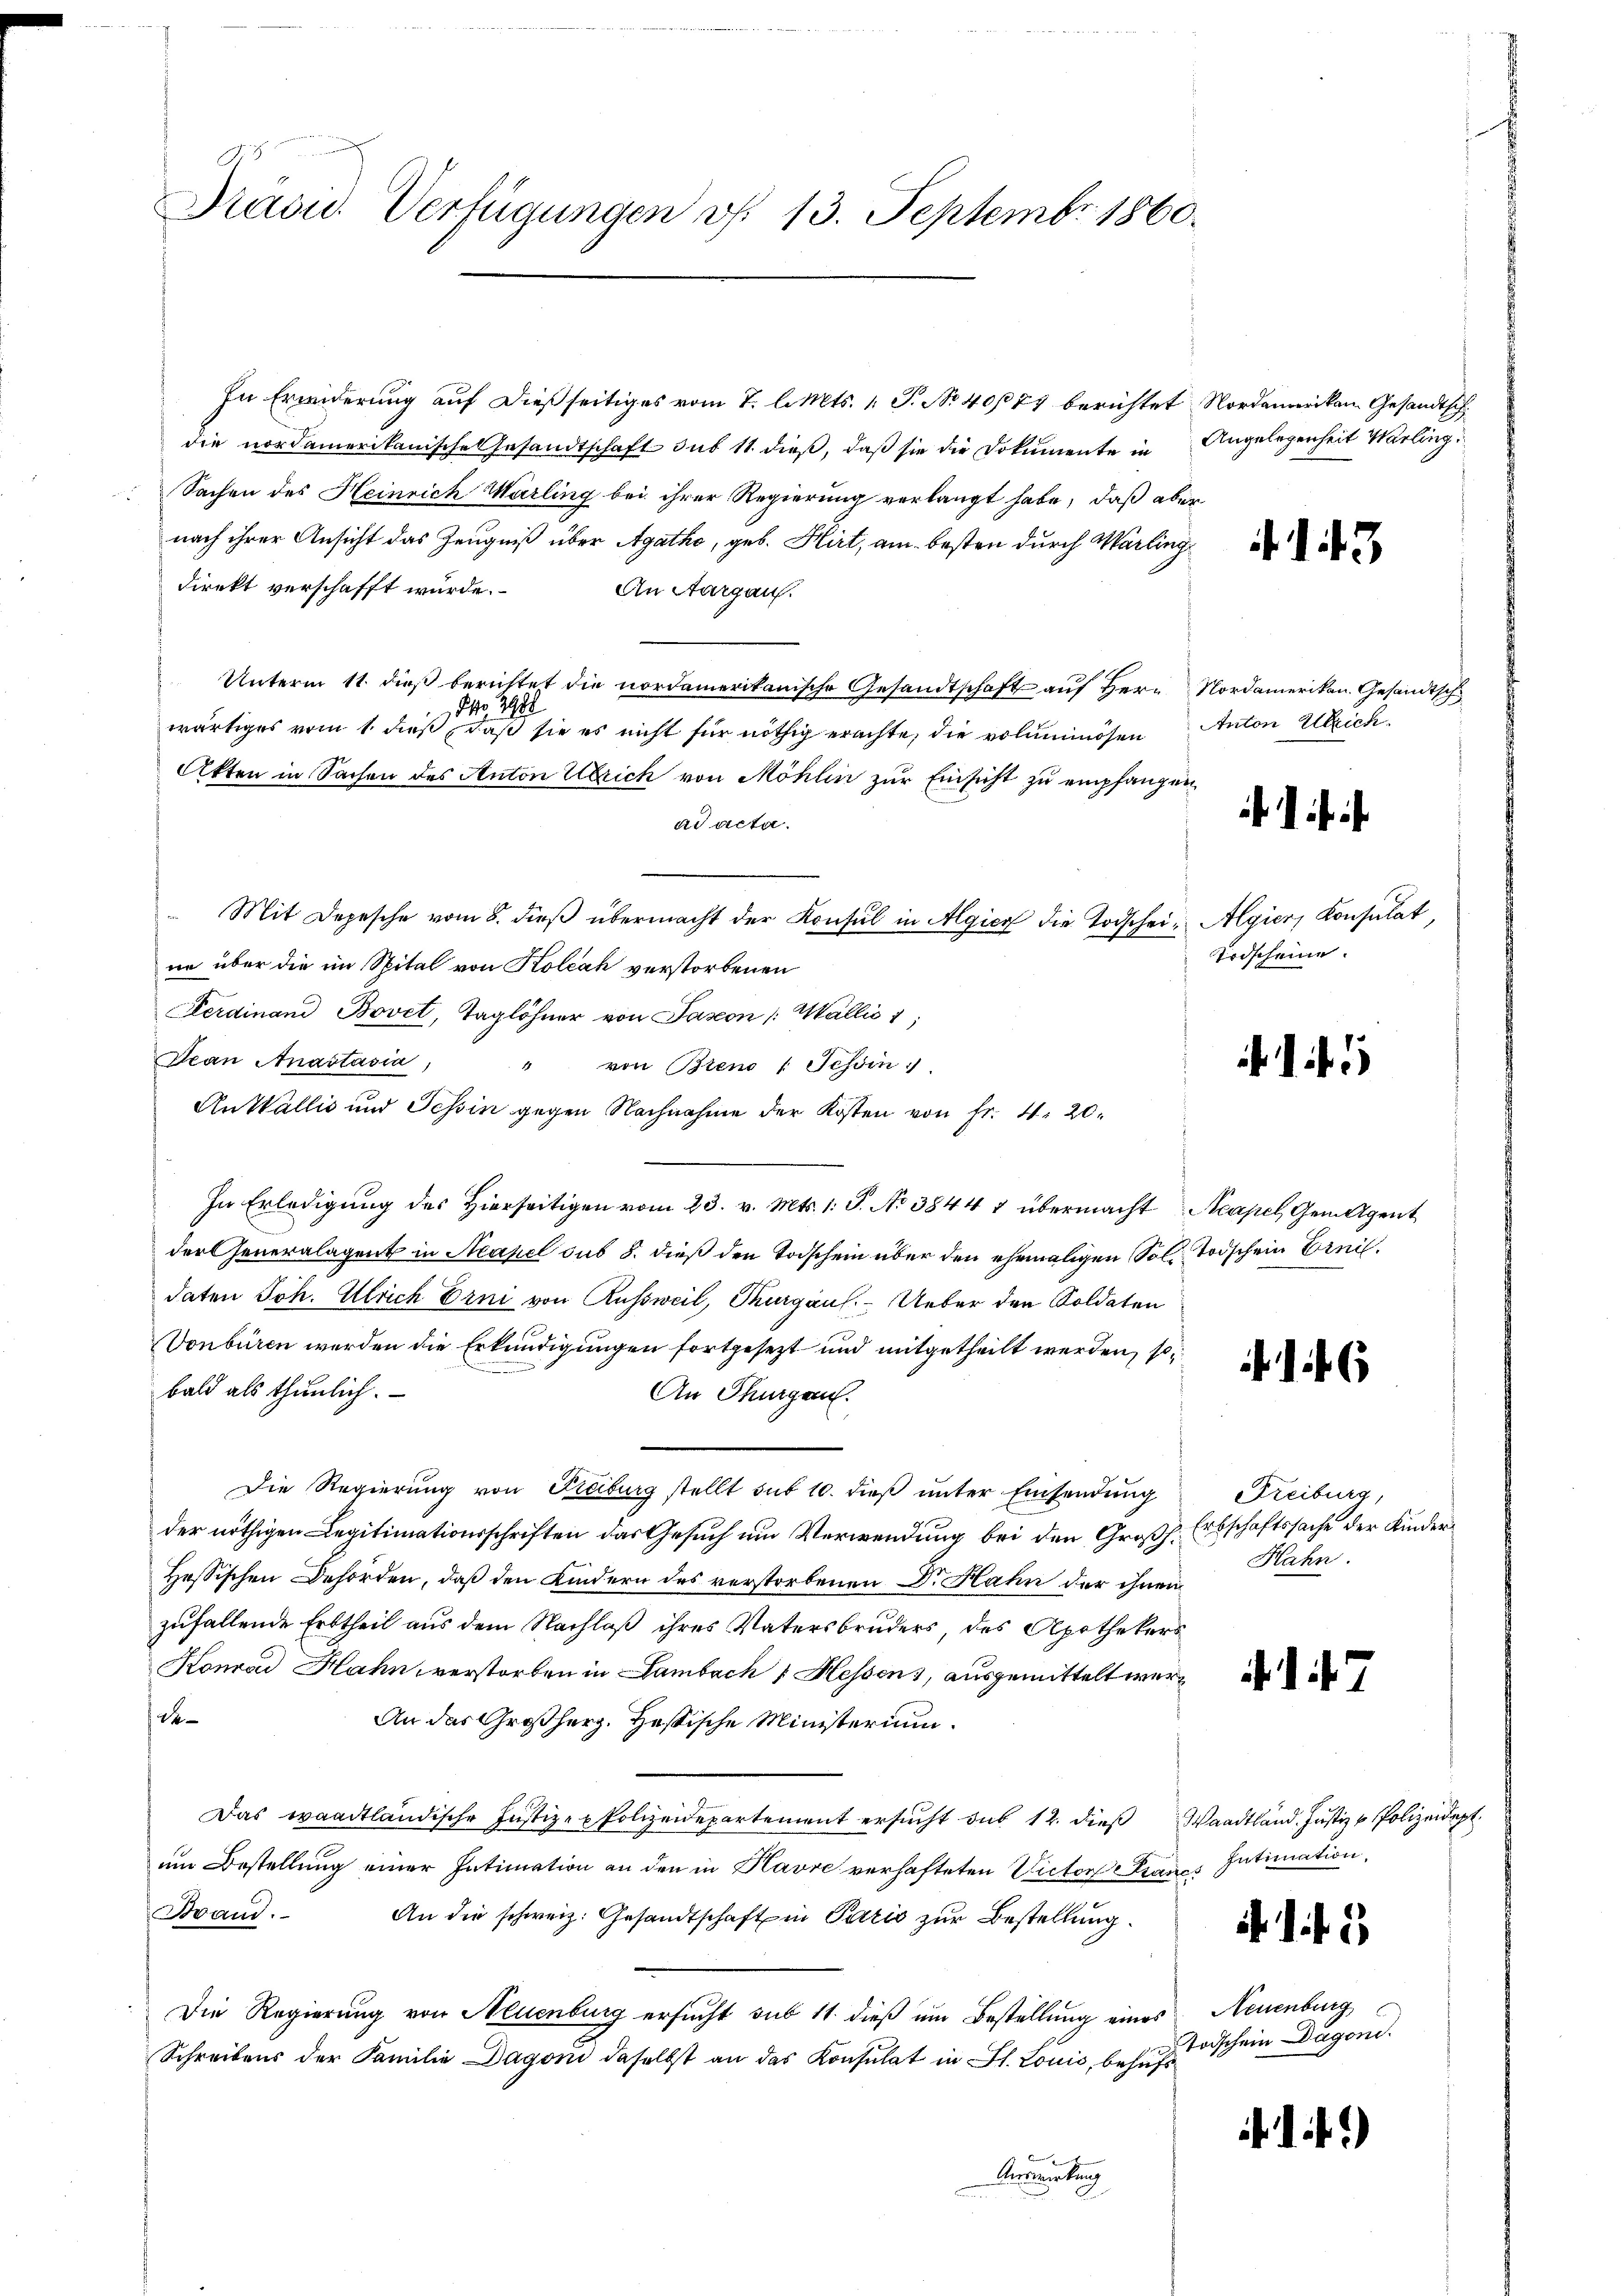
Präsid. Verfügungen v. 13. Septembr 1860.

In Erwiderung auf dießseitiges vom 7. l. Mts. 1. P. No 4074 berichtet
die nordamerikanische Gesandtschaft sub 11 dieß, daß sie die Dokumente in Angelegenheit Marling
Sachen des Heinrich Warling bei ihrer Regierung verlangt habe, daß aber
nach ihrer Ansicht das Zeugniß über Agatho, geb. Hirt, am besten durch Marlingdirekt verschafft wurde.
An Aargau.
Unterm 11. dieß berichtet die nordamerikanische Gesandtschaft auf Herr Nordamerikan. Gesandtsch
NNo. 2988
wärtiges vom 1. dieß, daß sie es nicht für nöthig erachte, die volummösen Anton Ulrich.
Akten in Sachen des Anton Ulrich von Möhlin zur Einsicht zu empfangen
ad acta.
 Mit Depesche vom 8. dieβ übermacht der Konsul in Algier die Todschein Algier, Konsulat,
ne über die im Spital von Koleak verstorbenen
Ferdinand Bovet, Taglöhner von Saxon /: Wallis 1
Jean Anastasia,
von Brend 1 Tessin
4
An Wallis und Schin gegen Nachnahme der Kosten von Fr. 4. 20.
In Erledigung des Hierseitigen vom 23. v. Mts. 1. P. No 38447 übermacht "Acapel, Gemeigent
der Generalagent in Neapel sub 8. dieß den Todschein über den ehemaligen Solle Todschein Ernidaten Joh. Ulrich Erni von Russweil, Thurgaus. Ueber den Koldaten
Vonbüren werden die Erkundigungen fortgesezt und mitgetheilt werden, so
bald als thunlich.
An Thurgau.
Die Regierung von Freiburg stellt sub 10. dieβ ŭnter Einsendung
der nöthigen Legitimationsschriften das Gesuch um Verwendung bei den Großh. Erbschaftssache der Kinder¬
Hessischen Behörden, daß den Kindern des verstorbenen Dr. Hahn der ihnen
zufallende Erbtheil aus dem Nachlaß ihres Vatersbruders, des Apothekers
Konrad Hahn verstorben in Lambach 1 Hessens, ausgemittelt werde¬
An das Großherz. Hessische Ministerium
Das waadtländische Justiz-Polizeidepartement ersucht du 12. dies Waadtländ. Justiz & Polizeide
um Bestellung einer Intimation an den in Havre verhafteten Victor Franci
Brand.
An die schweiz. Gesandtschaft in Paris zur Bestellung.
Die Regierung von Neuenburg ersucht sub 11. dieß um Bestellung eines
Schreibens der Familie Dagoni daselbst an das Konsulat in St. Louis, behufs
Auswirkung

Nordamerikan. Gesandtsch

4

rdscheine

4

Freiburg,
Hahn.

. . . .

Intimation,

.14 1

Neuenburg
Todschein Dagoni.

)